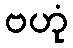
ဗဟုံ